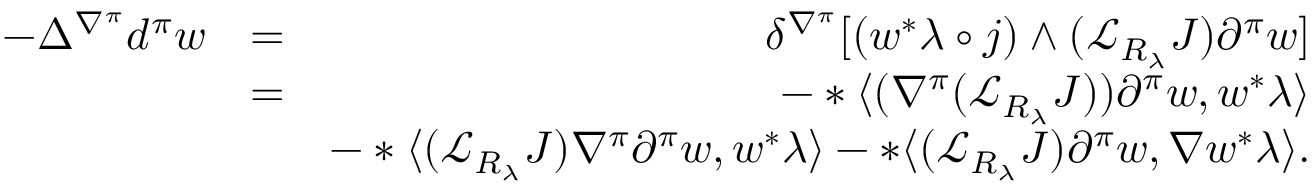
\begin{array} { r l r } { - \Delta ^ { \nabla ^ { \pi } } d ^ { \pi } w } & { = } & { \delta ^ { \nabla ^ { \pi } } [ ( w ^ { * } \lambda \circ j ) \wedge ( { \mathcal L } _ { R _ { \lambda } } J ) \partial ^ { \pi } w ] } \\ & { = } & { - * \langle ( \nabla ^ { \pi } ( { \mathcal L } _ { R _ { \lambda } } J ) ) \partial ^ { \pi } w , w ^ { * } \lambda \rangle } \\ & { } & { - * \langle ( { \mathcal L } _ { R _ { \lambda } } J ) \nabla ^ { \pi } \partial ^ { \pi } w , w ^ { * } \lambda \rangle - * \langle ( { \mathcal L } _ { R _ { \lambda } } J ) \partial ^ { \pi } w , \nabla w ^ { * } \lambda \rangle . } \end{array}